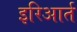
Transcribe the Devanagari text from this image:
इरिआर्त